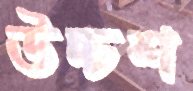
উচ্চশ